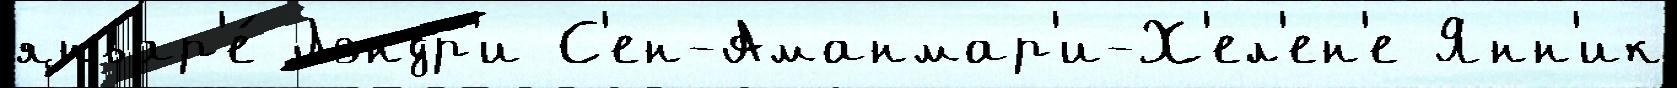
январ'е́ Лэндр'и С'ен-Аманмар'и-Х'ел'ен'е Янн'ик